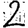
Digit: 2